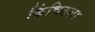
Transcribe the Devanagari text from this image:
किंचितशा